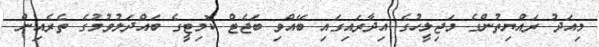
މިއަދު ރައްޔިތުންގެ މަޖިލީހުގެ އިދާރައިގައި ބޭއްވި ބަޖެޓް ކޮމިޓީގެ ބައްދަލުވުމުގެ ތެރެއިން